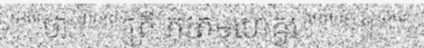
"""ថា """" ត្រី ភុវតមហេឝ្វរ """" ។"""